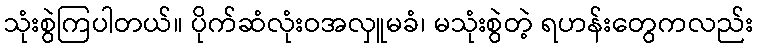
သုံးစွဲကြပါတယ်။ ပိုက်ဆံလုံးဝအလှူမခံ၊ မသုံးစွဲတဲ့ ရဟန်းတွေကလည်း